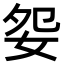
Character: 妴